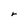
Character: r